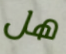
هل